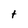
Character: t